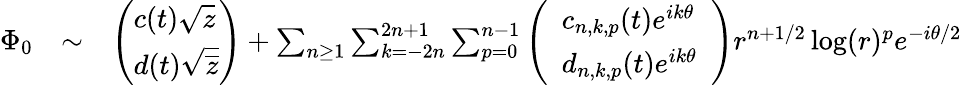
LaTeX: \begin{array}{rlr}{\Phi_{0}}&{\sim}&{\left(\begin{array}{l}{c(t)\sqrt{z}}\\ {d(t)\sqrt{\overline{z}}}\end{array}\right)+\sum_{n\geq 1}\sum_{k=-2n}^{2n+1}\sum_{p=0}^{n-1}\left(\begin{array}{l}{\ \ c_{n,k,p}(t)e^{ik\theta}\ \ }\\ {\ \ d_{n,k,p}(t)e^{ik\theta}\ \ }\end{array}\right)r^{n+1/2}\log(r)^{p}e^{-i\theta/2}}\end{array}